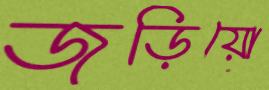
জড়িয়ো